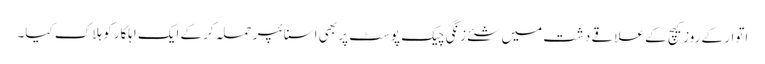
اتوار کے روزکیچ کے علاقے دشت میں شئے زنگی چیک پوسٹ پر بھی اسنائپر حملہ کرکے ایک اہلکار کو ہلاک کیا۔